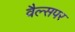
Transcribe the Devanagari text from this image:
वैल्सपर